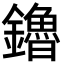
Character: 鑥